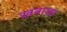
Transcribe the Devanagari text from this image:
ख़वाजा